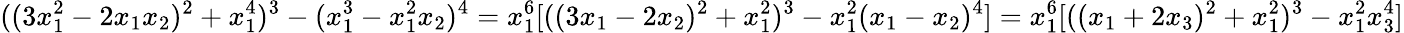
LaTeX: ((3x_{1}^{2}-2x_{1}x_{2})^{2}+x_{1}^{4})^{3}-(x_{1}^{3}-x_{1}^{2}x_{2})^{4}=x_{1}^{6}[((3x_{1}-2x_{2})^{2}+x_{1}^{2})^{3}-x_{1}^{2}(x_{1}-x_{2})^{4}]=x_{1}^{6}[((x_{1}+2x_{3})^{2}+x_{1}^{2})^{3}-x_{1}^{2}x_{3}^{4}]